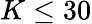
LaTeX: K\le 30